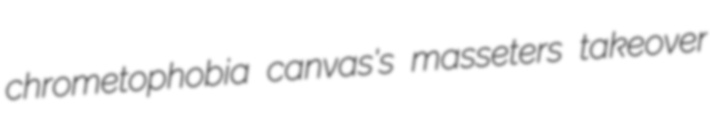
chrometophobia canvas's masseters takeover